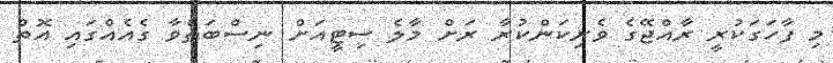
މި ފާހަގަކުރީ ރާއްޖޭގެ ވެރިކަންކުރާ ރަށް މާލެ ސިޓީއަށް ނިސްބަތްވާ ގެއެއްގައި އޮތް